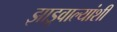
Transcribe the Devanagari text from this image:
झाडूवाल्यांशी